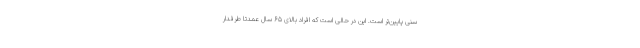
سنی پایین‌تر است. این در حالی است که افراد بالای ۶۵ سال عمدتا طرفدار